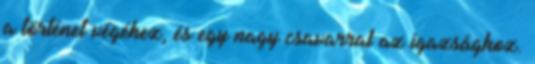
a történet végéhez, és egy nagy csavarral az igazsághoz.